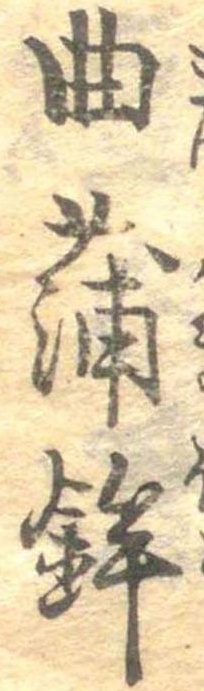
曲蒲鉾